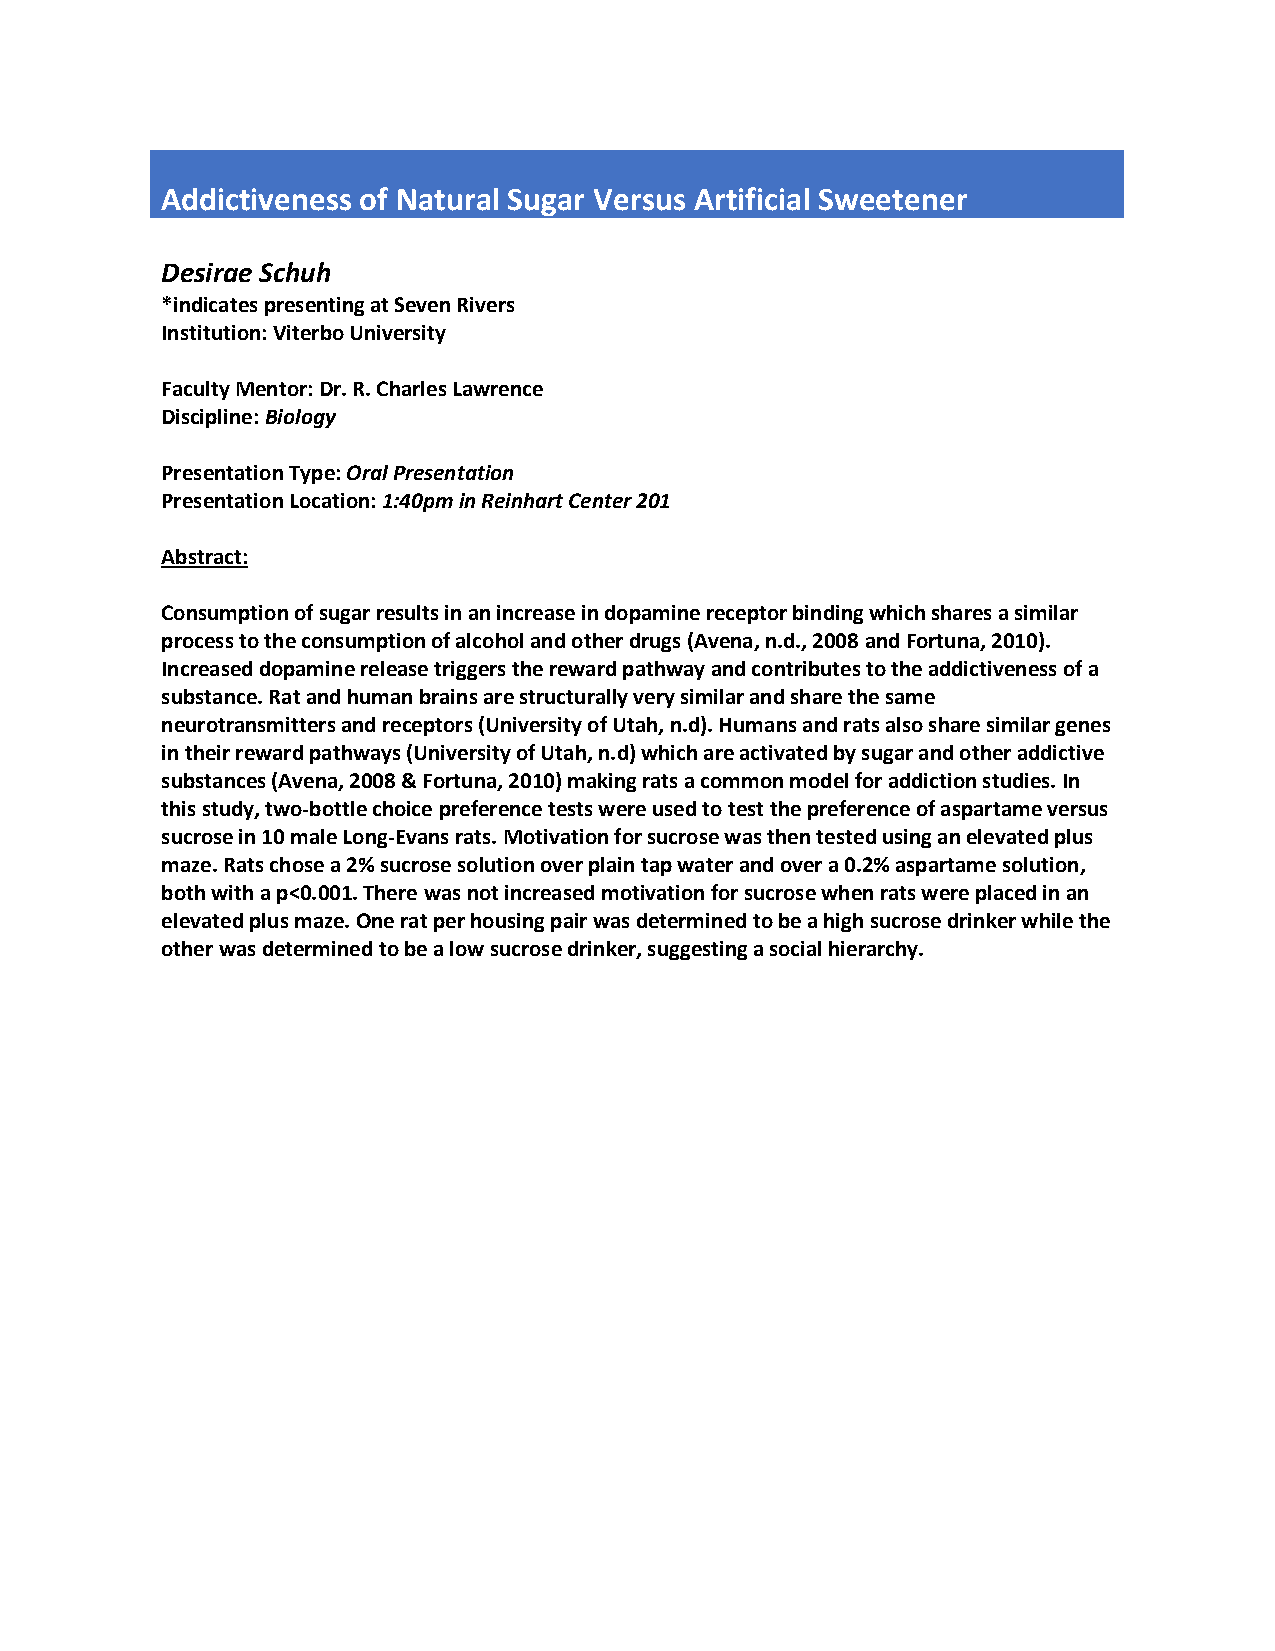
Addictiveness of Natural Sugar Versus Artificial Sweetener
 Desirae Schuh
 *indicates presenting at Seven Rivers
 Institution: Viterbo University
 Faculty Mentor: Dr. R. Charles Lawrence
 Discipline: Biology
 Presentation Type: Oral Presentation
 Presentation Location: 1:40pm in Reinhart Center 201
 Abstract:
 Consumption of sugar results in an increase in dopamine receptor binding which shares a similar
 process to the consumption of alcohol and other drugs (Avena, n.d., 2008 and Fortuna, 2010).
 Increased dopamine release triggers the reward pathway and contributes to the addictiveness of a
 substance. Rat and human brains are structurally very similar and share the same
 neurotransmitters and receptors (University of Utah, n.d). Humans and rats also share similar genes
 in their reward pathways (University of Utah, n.d) which are activated by sugar and other addictive
 substances (Avena, 2008 & Fortuna, 2010) making rats a common model for addiction studies. In
 this study, two-bottle choice preference tests were used to test the preference of aspartame versus
 sucrose in 10 male Long-Evans rats. Motivation for sucrose was then tested using an elevated plus
 maze. Rats chose a 2% sucrose solution over plain tap water and over a 0.2% aspartame solution,
 both with a p<0.001. There was not increased motivation for sucrose when rats were placed in an
 elevated plus maze. One rat per housing pair was determined to be a high sucrose drinker while the
 other was determined to be a low sucrose drinker, suggesting a social hierarchy.